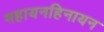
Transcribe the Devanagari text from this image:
महायनहिनायन